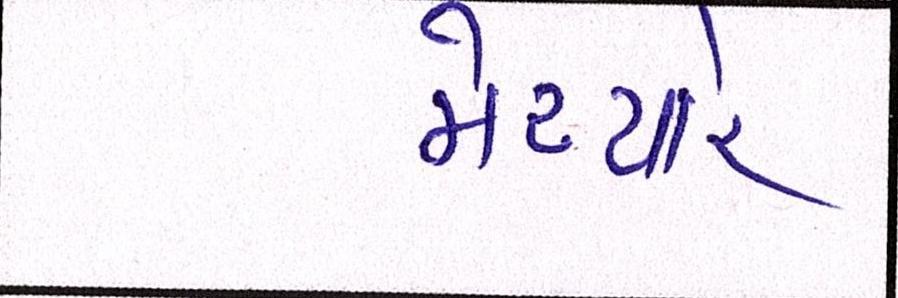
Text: મેચ્યોર